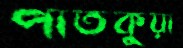
পাতকুয়া